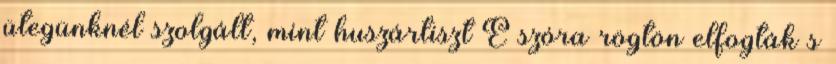
ütegünknél szolgált, mint huszártiszt E szóra rögtön elfogták s